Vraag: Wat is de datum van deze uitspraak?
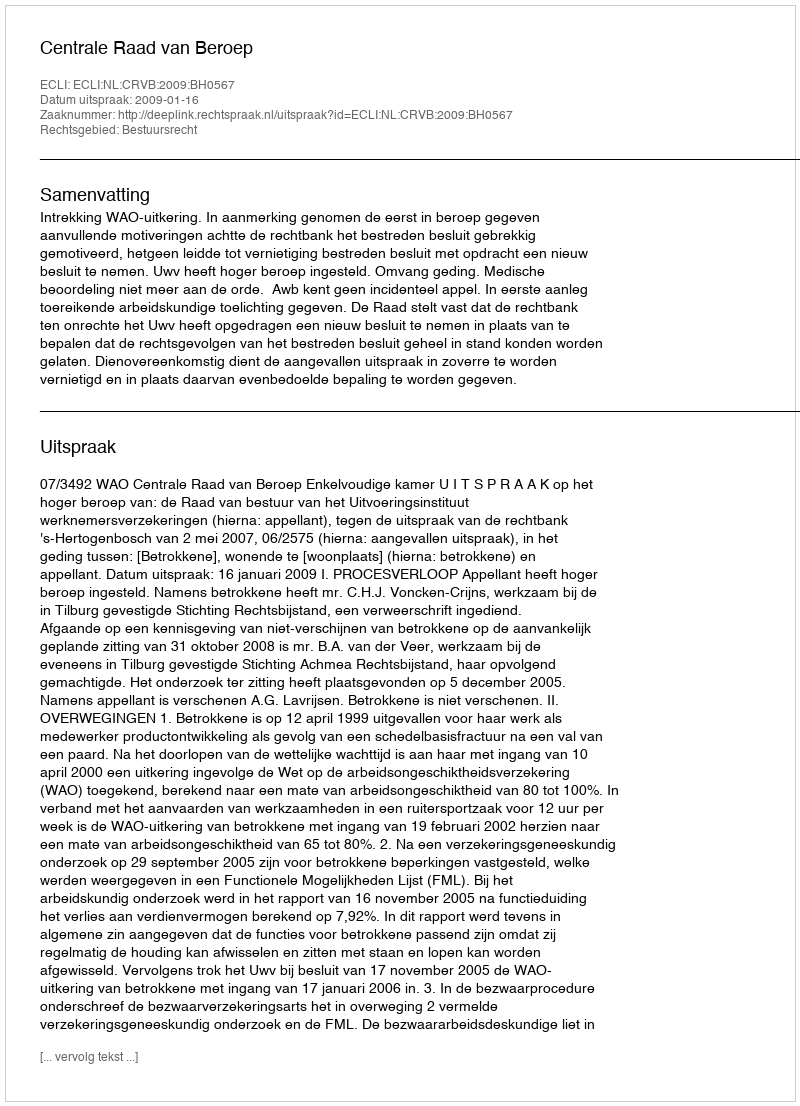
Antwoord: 2009-01-16